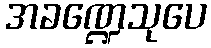
အခဏ္ဍေသုပေ